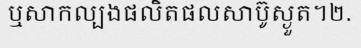
ឬសាកល្បងផលិតផលសាប៊ូស្ងួត។២.